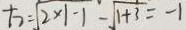
t _ { 2 } = \sqrt { 2 \times 1 - 1 } - \sqrt { 1 + 3 } = - 1